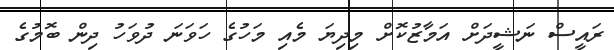
ރައީސް ނަޝީދަށް އަމާޒުކޮށް މިދިޔަ މެއި މަހުގެ ހަވަނަ ދުވަހު ދިން ބޮމުގެ